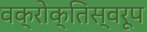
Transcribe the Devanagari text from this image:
वक्रोक्तिस्वरूप